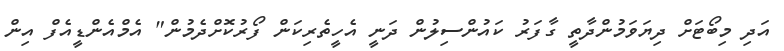
އަދި މިބޯޓަށް ދިޔަވަމުންދާތީ ގާފަރު ކައުންސިލުން ދަނީ އެހީތެރިކަން ފޯރުކޮށްދެމުން" އެމްއެންޑީއެފް އިން